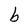
Character: b